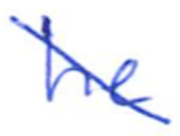
Text: he
Cross-out: diagonal
Writing tool: ballpoint